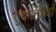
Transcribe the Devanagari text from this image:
एकाकियों